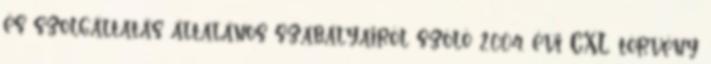
és szolgáltatás általános szabályairól szóló 2004. évi CXL. törvény